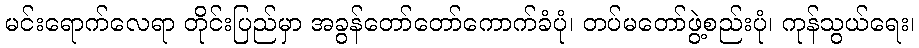
မင်းရောက်လေရာ တိုင်းပြည်မှာ အခွန်တော်တော်ကောက်ခံပုံ၊ တပ်မတော်ဖွဲ့စည်းပုံ၊ ကုန်သွယ်ရေး၊